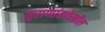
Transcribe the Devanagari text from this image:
पुराणांतदेखील